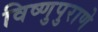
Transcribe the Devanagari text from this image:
विष्णुपुराणे